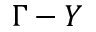
\Gamma - Y